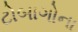
ટોબાગોના